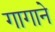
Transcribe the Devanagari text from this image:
गागाने